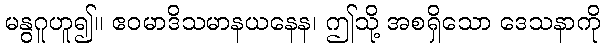
မနွဂူဟူ၍။ ဧဝမာဒိသမာနယနေန၊ ဤသို့ အစရှိသော ဒေသနာကို